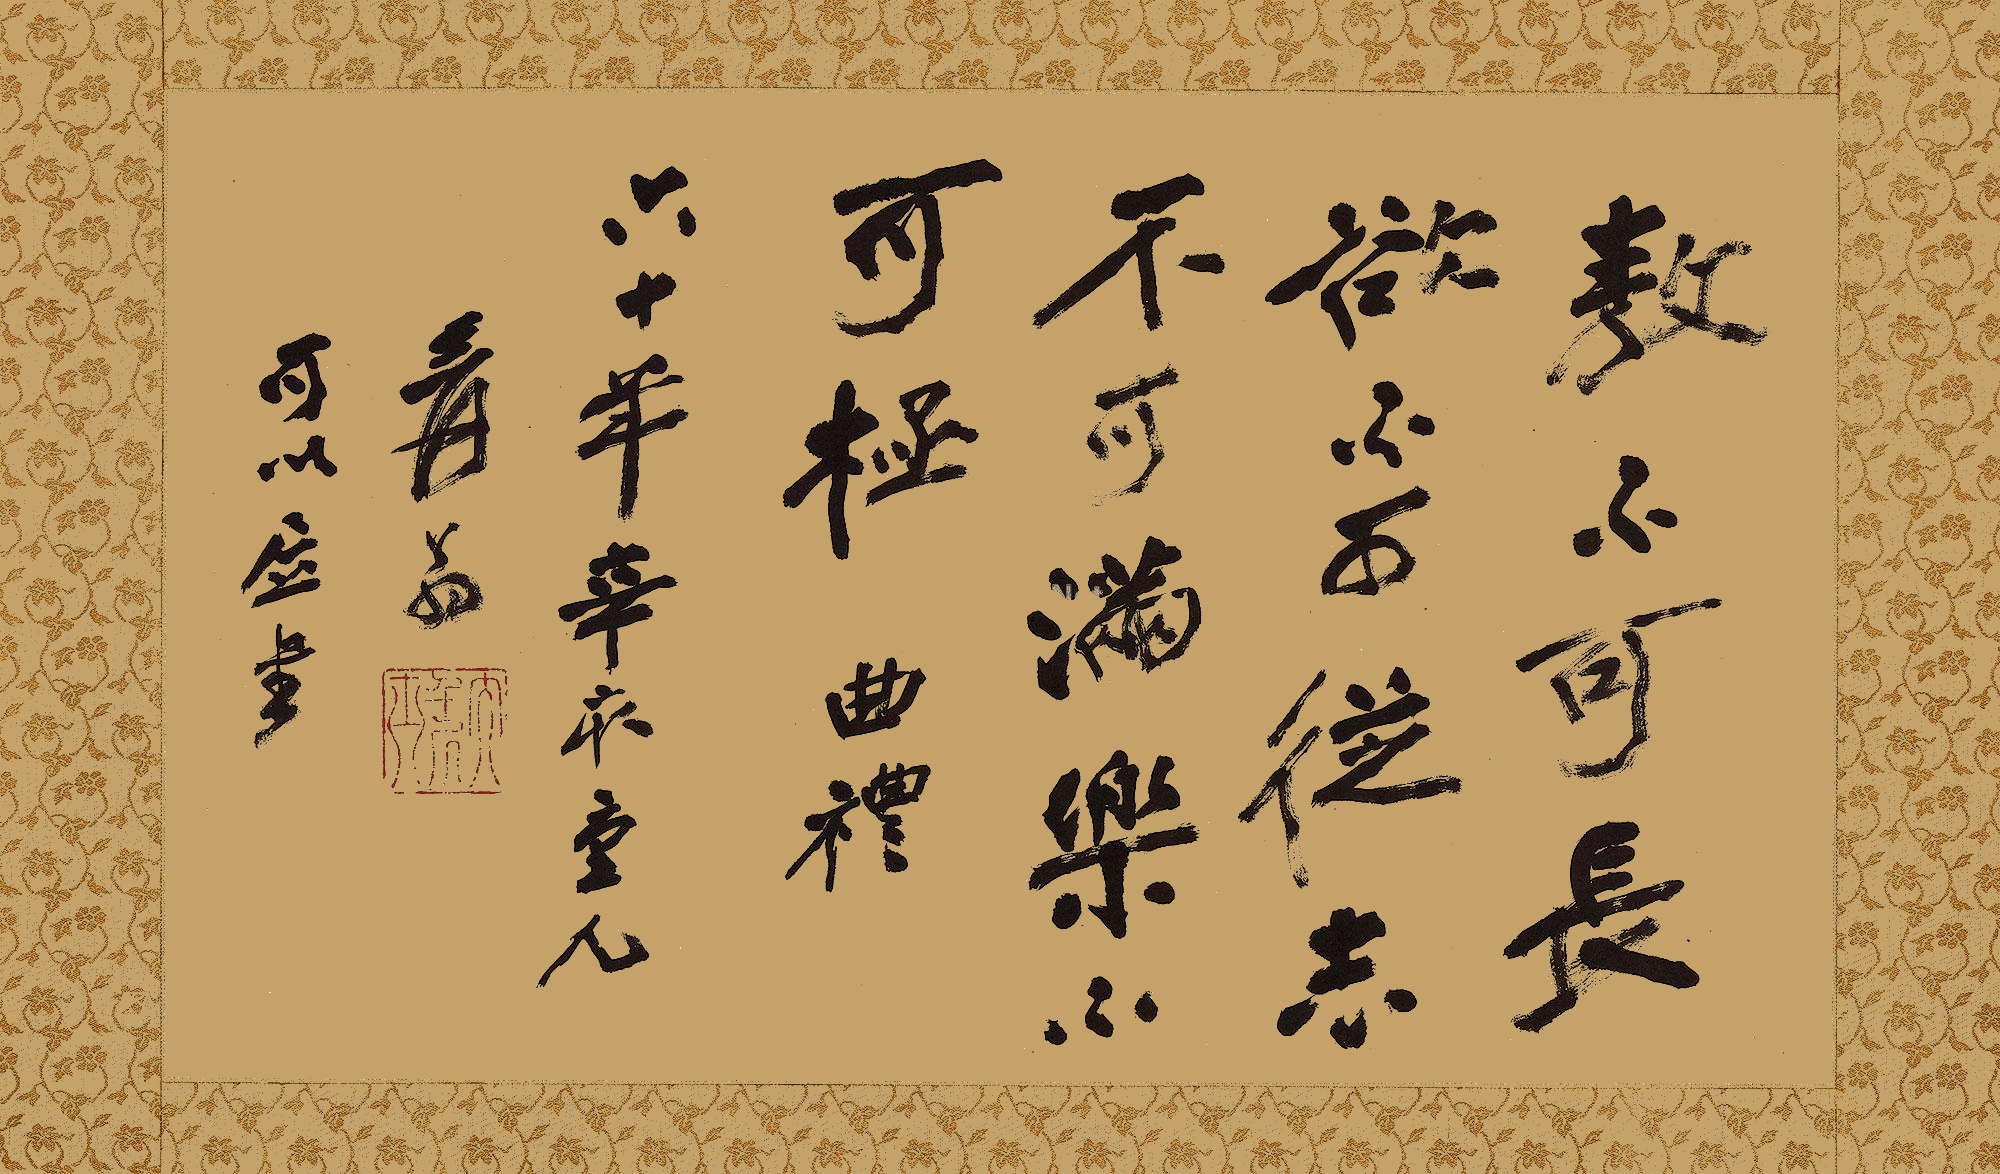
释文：敖不可长，欲不可从，志不可满，乐不可极。《曲礼》。六十年辛亥重九，爰翁，可以居书。